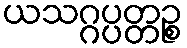
ယသဂ္ဂပ္ပတ္တဉ္စ